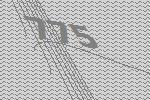
775